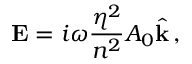
{ \bf E } = i \omega \frac { \eta ^ { 2 } } { n ^ { 2 } } A _ { 0 } \hat { { \bf k } } \, ,